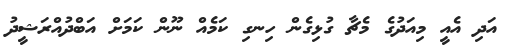
އަދި އެއީ މިއަދުގެ މެޗާ ގުޅިގެން ހިނގި ކަމެއް ނޫން ކަމަށް އަބްދުއްރަޝީދު